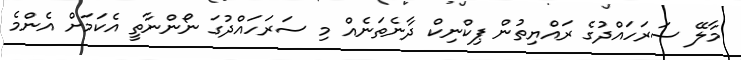
މާލޭ ސަރަހައްދުގެ ރައްޔިތުން ޕިކްނިކް ދާނެތަނެއް މި ސަރަހައްދުގަ ނޯންނާތީ އެކަމަށް އެންމެ